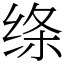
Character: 绦